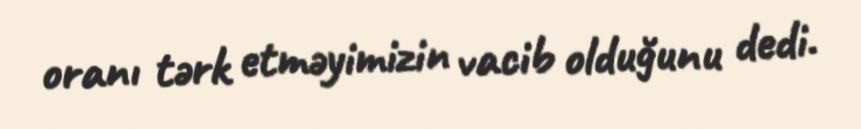
oranı tərk etməyimizin vacib olduğunu dedi.